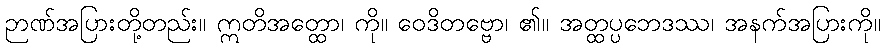
ဉာဏ်အပြားတို့တည်း။ ဣတိအတ္ထော၊ ကို။ ဝေဒိတဗ္ဗော၊ ၏။ အတ္ထပ္ပဘေဒဿ၊ အနက်အပြားကို။